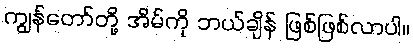
ကျွန်တော်တို့ အိမ်ကို ဘယ်ချိန် ဖြစ်ဖြစ်လာပါ။